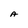
Character: A